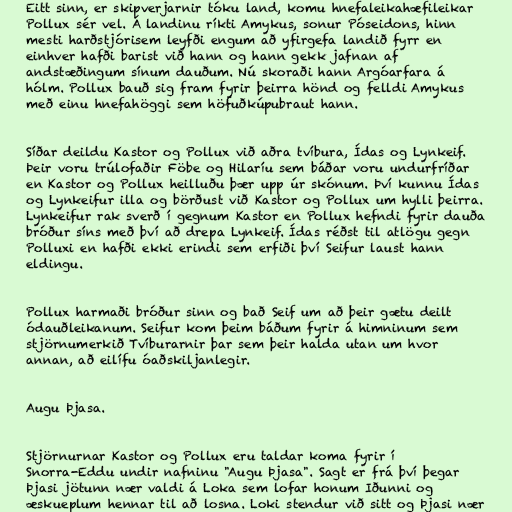
Eitt sinn, er skipverjarnir tóku land, komu hnefaleikahæfileikar
Pollux sér vel. Á landinu ríkti Amykus, sonur Póseidons, hinn
mesti harðstjórisem leyfði engum að yfirgefa landið fyrr en
einhver hafði barist við hann og hann gekk jafnan af
andstæðingum sínum dauðum. Nú skoraði hann Argóarfara á
hólm. Pollux bauð sig fram fyrir þeirra hönd og felldi Amykus
með einu hnefahöggi sem höfuðkúpubraut hann.

Síðar deildu Kastor og Pollux við aðra tvíbura, Ídas og Lynkeif.
Þeir voru trúlofaðir Föbe og Hilaríu sem báðar voru undurfríðar
en Kastor og Pollux heilluðu þær upp úr skónum. Því kunnu Ídas
og Lynkeifur illa og börðust við Kastor og Pollux um hylli þeirra.
Lynkeifur rak sverð í gegnum Kastor en Pollux hefndi fyrir dauða
bróður síns með því að drepa Lynkeif. Ídas réðst til atlögu gegn
Polluxi en hafði ekki erindi sem erfiði því Seifur laust hann
eldingu.

Pollux harmaði bróður sinn og bað Seif um að þeir gætu deilt
ódauðleikanum. Seifur kom þeim báðum fyrir á himninum sem
stjörnumerkið Tvíburarnir þar sem þeir halda utan um hvor
annan, að eilífu óaðskiljanlegir.

Augu Þjasa.

Stjörnurnar Kastor og Pollux eru taldar koma fyrir í
Snorra-Eddu undir nafninu "Augu Þjasa". Sagt er frá því þegar
Þjasi jötunn nær valdi á Loka sem lofar honum Iðunni og
æskueplum hennar til að losna. Loki stendur við sitt og Þjasi nær